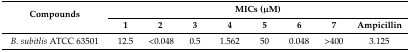
<table><thead><tr><td rowspan="2"><b>Compounds</b></td><td colspan="8"><b>MICs (μM)</b></td></tr><tr><td><b>1</b></td><td><b>2</b></td><td><b>3</b></td><td><b>4</b></td><td><b>5</b></td><td><b>6</b></td><td><b>7</b></td><td><b>Ampicillin</b></td></tr></thead><tbody><tr><td><i>B. subitlis</i> ATCC 63501</td><td>12.5</td><td>&lt;0.048</td><td>0.5</td><td>1.562</td><td>50</td><td>0.048</td><td>&gt;400</td><td>3.125</td></tr></tbody></table>